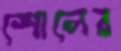
শোলের